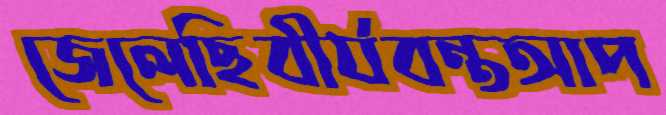
জেলেছিবীর্যবন্তআপ